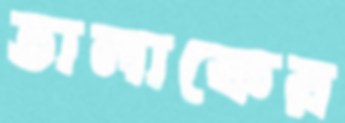
তালাকের